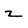
Character: z